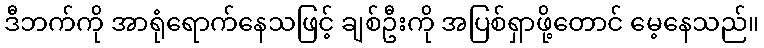
ဒီဘက်ကို အာရုံရောက်နေသဖြင့် ချစ်ဦးကို အပြစ်ရှာဖို့တောင် မေ့နေသည်။